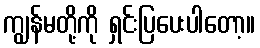
ကျွန်မတို့ကို ရှင်းပြပေးပါတော့။